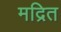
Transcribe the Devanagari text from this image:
मद्रित